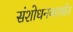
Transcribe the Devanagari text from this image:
संशोधनकार्यात